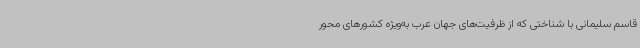
قاسم سلیمانی با شناختی که از ظرفیت‌های جهان عرب به‌ویژه کشورهای محور